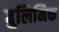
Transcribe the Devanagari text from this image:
बुलिमिक